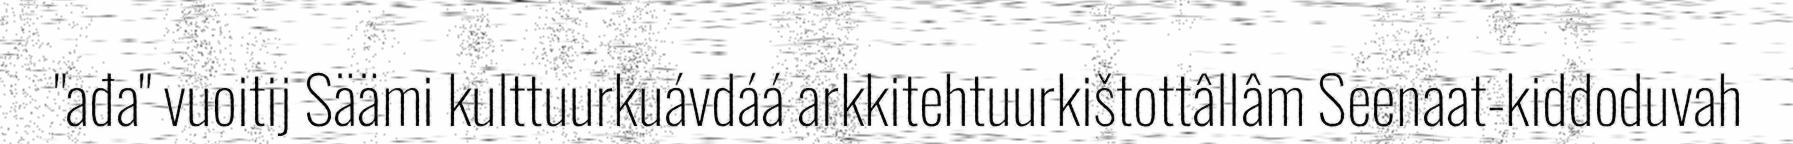
"ađa" vuoitij Säämi kulttuurkuávdáá arkkitehtuurkištottâllâm Seenaat-kiddoduvah